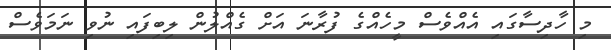
މި ހާދިސާގައި އެއްވެސް މީހެއްގެ ފުރާނަ އަށް ގެއްލުން ލިބިފައި ނުވި ނަމަވެސް